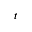
t